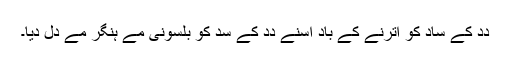
دِدِ کے سادِ کو اُترنے کے باد اُسنے دِدِ کے سدِ کو بلسونی مے ہنگر مے دل دِیا۔